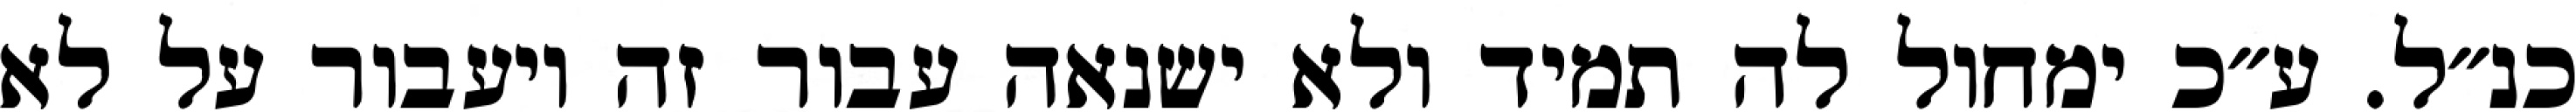
כנ״ל. ע״כ ימחול לה תמיד ולא ישנאה עבור זה ויעבור על לא